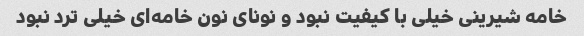
خامه شیرینی خیلی با کیفیت نبود و نونای نون خامه‌ای خیلی ترد نبود